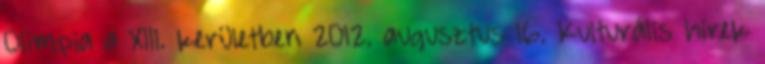
Olimpia a XIII. kerületben 2012. augusztus 16. Kulturális hírek